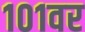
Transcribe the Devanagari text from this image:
१०१वर